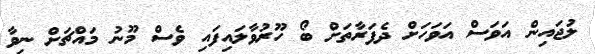
ލުޖައިން އަވަސް އަވަހަށް ދެފަރާތަށް ބޯ ހޫރުވާލައިފައި ވެސް މޫނު މައްޗަށް ނިވާ